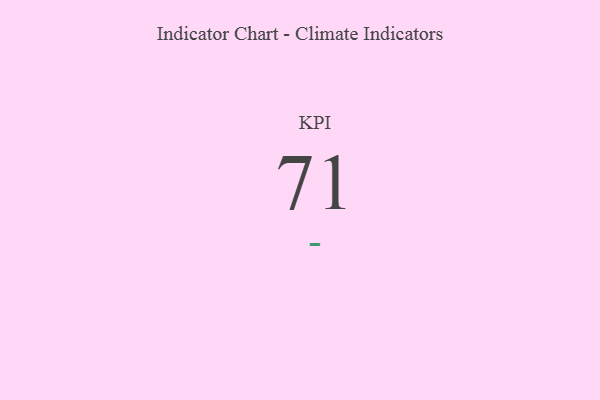
{"axis": {"x": "KPI", "y": "Value"}, "legend": [""], "data": [{"x": "KPI", "y": 71, "type": ""}]}